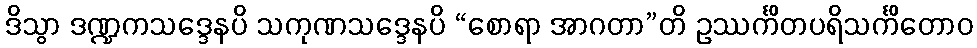
ဒိသွာ ဒဏ္ဍကသဒ္ဒေနပိ သကုဏသဒ္ဒေနပိ “စောရာ အာဂတာ”တိ ဥဿင်္ကိတပရိသင်္ကိတောဝ